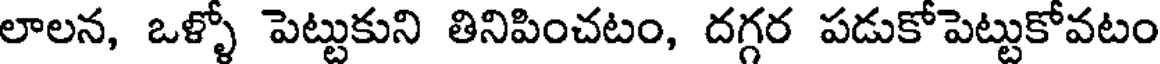
లాలన, ఒళ్ళో పెట్టుకుని తినిపించటం, దగ్గర పడుకోపెట్టుకోవటం